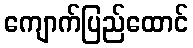
ကျောက်ပြည်ထောင်